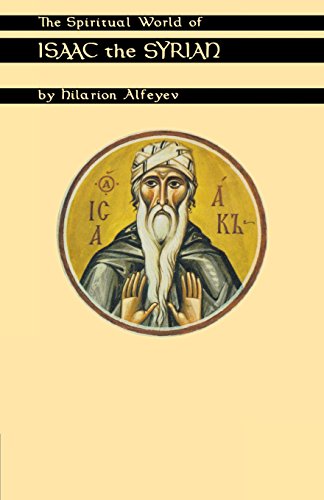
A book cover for The Spiritual World Of Isaac The Syrian (Cistercian Studies); Hilarion Alfeyev; Christian Books & Bibles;